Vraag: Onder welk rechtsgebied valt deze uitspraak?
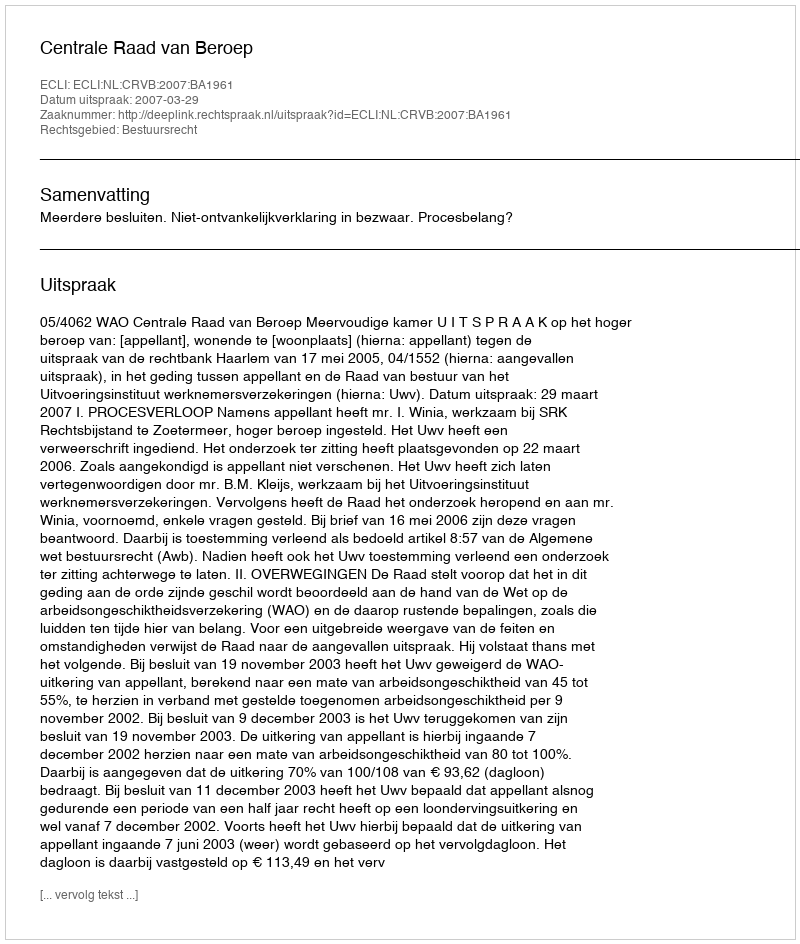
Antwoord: Bestuursrecht